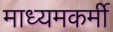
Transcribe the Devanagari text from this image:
माध्यमकर्मी